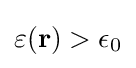
\varepsilon (\mathbf {r} )>\epsilon _{0}